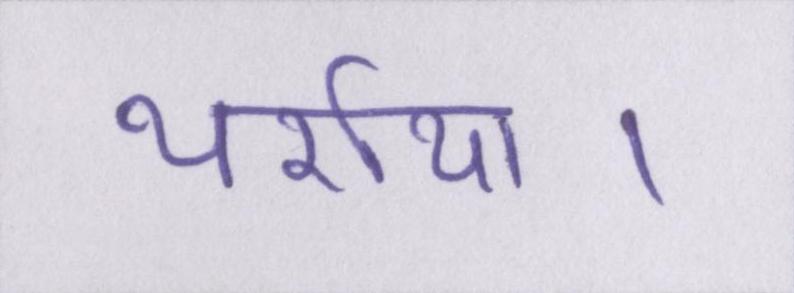
थर्राया।